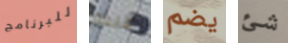
للبرنامج عليه يضم شئ